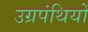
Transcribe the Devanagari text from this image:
उग्रपंथियों